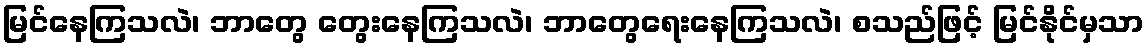
မြင်နေကြသလဲ၊ ဘာတွေ တွေးနေကြသလဲ၊ ဘာတွေရေးနေကြသလဲ၊ စသည်ဖြင့် မြင်နိုင်မှသာ